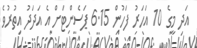
އަދި މީގެ 10 އަހަރު ފަހުން 6.15 ޕަސެންޓަށް އެ އަދަދު އިތުރުވެ